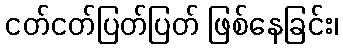
ငတ်ငတ်ပြတ်ပြတ် ဖြစ်နေခြင်း၊